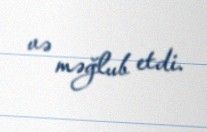
və məğlub etdi.